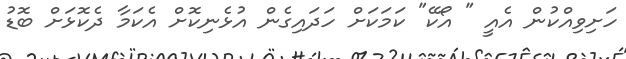
ހަށިވިއްކުން އެއީ " އޯކޭ" ކަމަކަށް ހަދައިގެން އުޅެނިކޮށް އެކަމާ ދެކޮޅަށް ބޮޑު